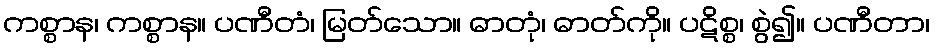
ကစ္စာန၊ ကစ္စာန။ ပဏီတံ၊ မြတ်သော။ ဓာတုံ၊ ဓာတ်ကို။ ပဋိစ္စ၊ စွဲ၍။ ပဏီတာ၊